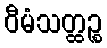
ဝီမံသတ္ထဉ္စ